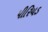
પીરિયડ